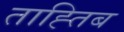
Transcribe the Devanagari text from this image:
ताह्तिब